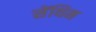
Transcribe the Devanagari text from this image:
सेंथिम